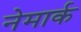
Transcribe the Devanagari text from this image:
नेमार्क